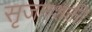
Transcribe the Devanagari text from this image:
सृजनशक्ती